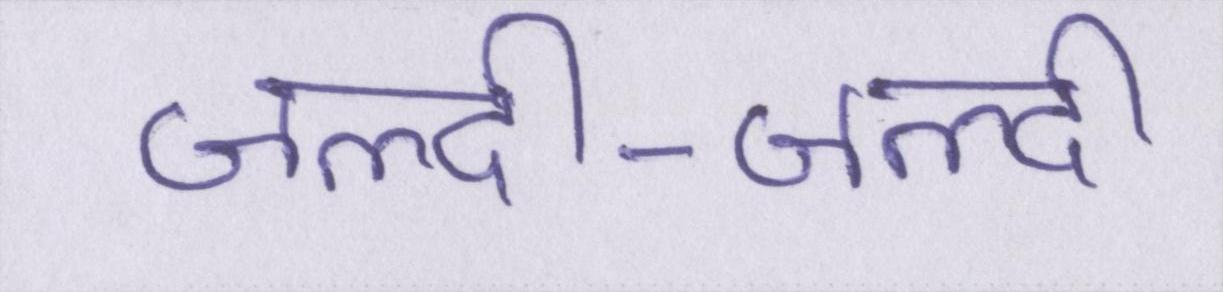
जल्दी-जल्दी